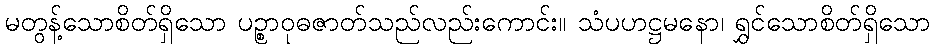
မတွန့်သောစိတ်ရှိသော ပဉ္စာဝုဓဇာတ်သည်လည်းကောင်း။ သံပဟဋ္ဌမနော၊ ရွှင်သောစိတ်ရှိသော